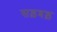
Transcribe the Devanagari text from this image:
सड़बड़